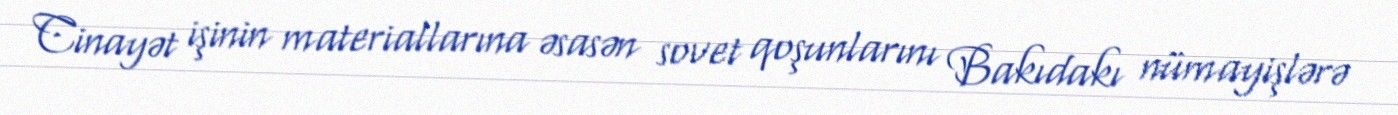
Cinayət işinin materiallarına əsasən sovet qoşunlarını Bakıdakı nümayişlərə